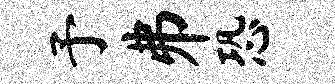
予井恐